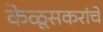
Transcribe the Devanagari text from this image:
केळूसकरांचे